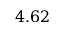
4 . 6 2